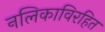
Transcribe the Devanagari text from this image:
नलिकाविरहित